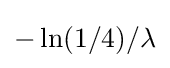
-\ln(1/4)/\lambda